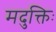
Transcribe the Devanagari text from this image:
मदुक्तिः